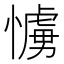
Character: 𢢛